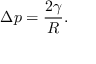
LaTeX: \Delta p = { \frac { 2 \gamma } { R } } .